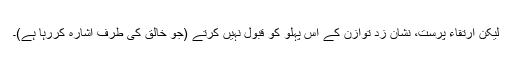
لیکن ارتقاء پرست، نشان زد توازن کے اس پہلو کو قبول نہیں کرتے (جو خالق کی طرف اشارہ کررہا ہے)۔